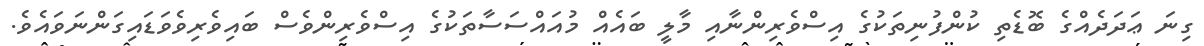
ގިނަ ޢަދަދެއްގެ ބޮޑެތި ކުންފުނިތަކުގެ އިސްވެރިންނާއި މާލީ ބައެއް މުއައްސަސާތަކުގެ އިސްވެރިންވެސް ބައިވެރިވެވަޑައިގަންނަވައެވެ.